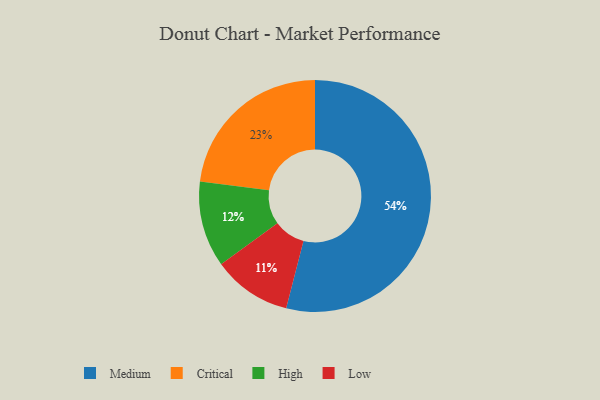
{"axis": {"x": "Category", "y": "Percentage"}, "legend": ["Critical", "High", "Low", "Medium"], "data": [{"x": "Medium", "y": 54, "type": "Medium"}, {"x": "Critical", "y": 23, "type": "Critical"}, {"x": "High", "y": 12, "type": "High"}, {"x": "Low", "y": 11, "type": "Low"}]}